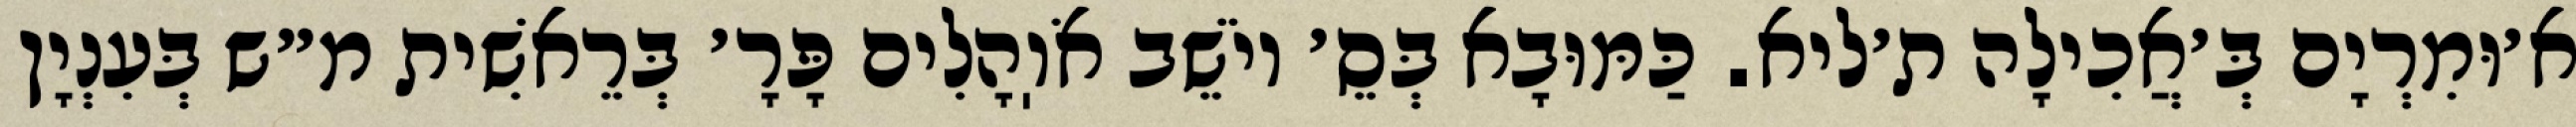
א׳וּמִרְיָם בְּ׳אֲכִילָה ת׳ליא. כַּמּוּבָא בְּסֵ׳ יוֹשֵׁב אֹוֽהָלִים פָּרָ׳ בְּרֵאשִׁית מ״ש בְּעִנְיָן